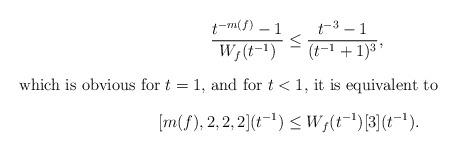
LaTeX: \begin{align*}\frac{t^{-m(f)}-1}{W_f(t^{-1})} &\le \frac{t^{-3}-1}{(t^{-1}+1)^3},\intertext{which is obvious for $t=1$, and for $t<1$, it is equivalent to}[m(f),2,2,2](t^{-1}) &\le W_f(t^{-1})[3](t^{-1}).\end{align*}